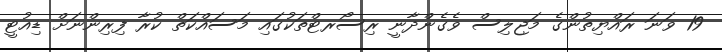
19 ވަނަ ރައްޔިތުންގެ މަޖިލިސް ވެގެންދާނީ ރިސޯރޓްތަކުގައި މަސައްކަތް ކުރާ ފިރިންނަށް ޑިއުޓީ